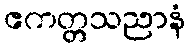
ဧကတ္တသညာနံ